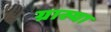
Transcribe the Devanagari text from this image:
ग्रास्या